Lunatic asylums Madras 1892-1911 - 1892-1911
Year: 1892
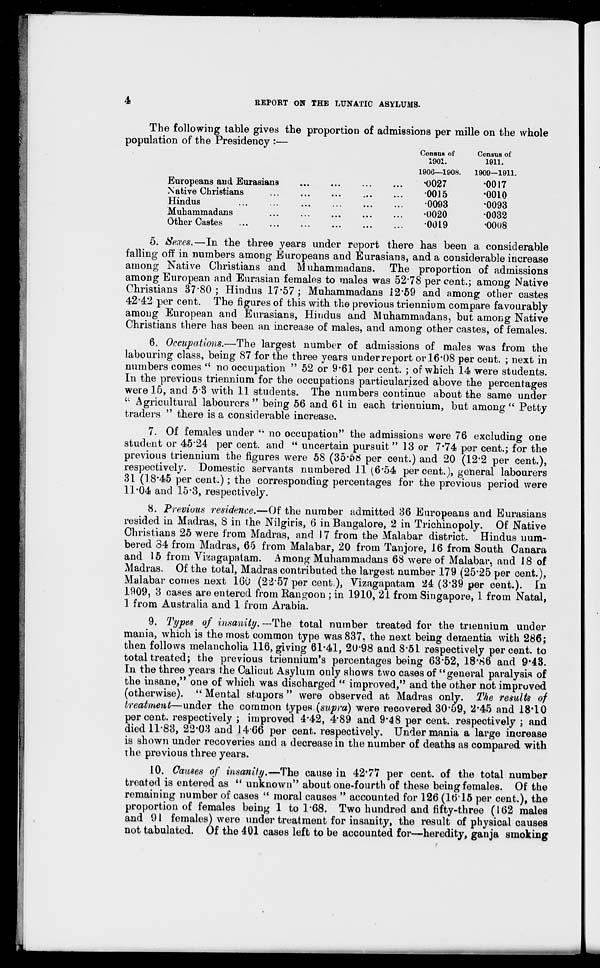
4
REPORT ON THE LUNATIC ASYLUMS.
Census of
Census of
1901.
1911.
1906—1908.
1909—1911
•0027
•0017
0015
•0010
•0093
•0093
•0020
0032
0019
•0008
The following table gives the proportion of admissions per mille on the whole
population of the Presidency :—
Europeans aud Eurasians
Native Christians
Hindus
Muhammadans
Other Castes
5. Sexes.—In the three years under report there has been a considerable
falling off in numbers among Europeans and Eurasians, and a considerable increase
among Native Christians and Muhammadans. The proportion of admissions
among European and Eurasian females to males was 52*78 per cent.; among Native
Christians 37*80; Hindus 17*57; Muhammadans i2*59 and among other castes
42*42 per cent. The figures of this with the previous triennium compare favourably
among European and Eurasians, Hindus and Muhammadans, but among Native
Christians there has been an increase of males, and among other castes, of females.
6. Occupations.—The largest number of admissions of males was from the
labouring class, being 87 for the three years under report or 16*08 per cent. ; next in
numbers comes (i no occupation " 52 or 9*61 per cent. ; of which 14 were students.
In the previous triennium for the occupations particularized above the percentages
were 15, and 5 3 with 11 students. The numbers continue about the same under
M Agricultural labourers " being 56 and 61 in each triennium, but among" Petty
traders " there is a considerable increase.
7. Of females under '• no occupation" the admissions were 76 excluding one
student or 45*24 per cent, and " uncertain pursuit " 13 or 7*74 per cent.; for the
previous triennium the figures were 58 (35*58 per cent.) and 20 (12*2 per cent.),
respectively. Domestic servants numbered 11 (6*54 per cent.), general labourers
31 (18*45 per cent.); the corresponding percentages for the previous period were
11*04 and 15*3, respectively.
8. Previous residence.—Of the number admitted 36 Europeans and Eurasians
resided in Madras, S in the Nilgiris, 6 in Bangalore, 2 in Trichinopoly. Of Native
Christians 25 were from Madras, and I 7 from the Malabar district. Hindus num-
bered 34 from Madras, 65 from Malabar, 20 from Tanjore, 16 from South Canara
and 15 from Vi-sagapatam. Among Muhammadans 68 were of Malabar, and 18 of
Madras. Of the total, Madras contributed the largest number 179 (25*25 per cent.),
Malabar comes next 160 (22*57 per cent.), Vizagapatam 24 (3*39 per cent.), fn
1909, 3 cases are entered from Rangoon ; in 1910, 21 from Singapore, 1 from Natal,
1 from Australia and 1 from Arabia.
9. Types of insanity. —The total number treated for the triennium under
mania, which is the most common type was 837, the next being dementia with 286;
then follows melancholia 116, giving 61-41, 20-98 and 8*51 respectively percent, to
total treated; the previous triennium's percentages being 63*52, 18*86 and 9*43.
In the three years the Calicut Asylum only shows two cases of "general paralysis of
the insane," one of which was discharged " improved," and the other not improved
(otherwise). " Mental stupors " were observed at Madras only. The results of
treatment—under the common types (supra) were recovered 30*59, 2*45 and 18'10
percent, respectively ; improved 4*42, 4*89 and 9*48 per cent, respectively ; and
died 11*83, 22*03 and 14*66 per cent, respectively. Under mania a large increase
is shown under recoveries and a decrease in the number of deaths as compared with
the previous three years.
10. Causes of insanity.—The cause in 42*77 per cent, of the total number
treated is entered as " unknown" about one-fourth of these being females. Of the
remaining number of cases " moral causes " accounted for 126 (16* 15 per cent.), the
proportion of females being 1 to 1*68. Two hundred and fifty-three (162 males
and 91 females) were under treatment for insanity, the result of physical causes
not tabulated. Of the 401 cases left to be accounted for—heredity, ganja smoking